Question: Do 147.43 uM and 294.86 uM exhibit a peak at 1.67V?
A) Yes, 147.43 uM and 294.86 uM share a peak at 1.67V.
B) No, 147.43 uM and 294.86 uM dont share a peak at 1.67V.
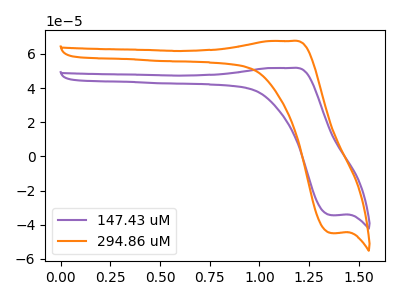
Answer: <think>The purple curve "147.43 uM" has an anodic peak at (1.15V, 51.80uA) and a cathodic peak at (1.35V, -34.40uA). The orange curve "294.86 uM" has an anodic peak at (1.15V, 67.55uA) and a cathodic peak at (1.35V, -44.90uA).</think>
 <answer>B) No, "147.43 uM" and "294.86 uM" dont share a peak at 1.67V.</answer>
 <eval>B</eval>